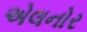
એલનોર